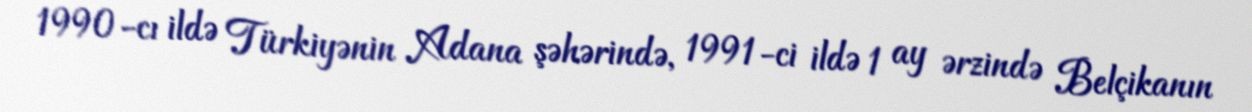
1990-cı ildə Türkiyənin Adana şəhərində, 1991-ci ildə 1 ay ərzində Belçikanın